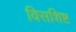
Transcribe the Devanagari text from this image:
विसशिष्ट